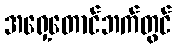
အရှေ့တောင်ဘက်တွင်